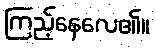
ကြည့်နေလေ၏။